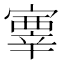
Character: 𡫊